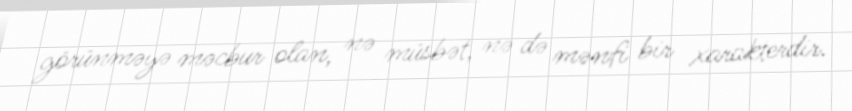
görünməyə məcbur olan, nə müsbət, nə də mənfi bir xarakterdir.